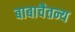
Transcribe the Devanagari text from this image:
बाबाचैतन्य